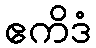
ဧကိဒံ